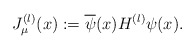
\begin{align*}J_\mu^{(l)}(x) := \overline{\psi}(x)H^{(l)}\psi(x) .\end{align*}